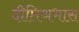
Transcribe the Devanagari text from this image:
दीप्तिश्रभास